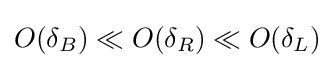
O(\delta _{B})\ll O(\delta _{R})\ll O(\delta _{L})